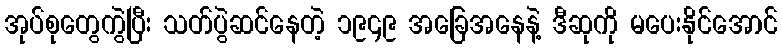
အုပ်စုတွေကွဲပြီး သတ်ပွဲဆင်နေတဲ့ ၁၉၄၉ အခြေအနေနဲ့ ဒီဆုကို မပေးနိုင်အောင်